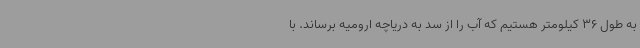
به طول 36 کیلومتر هستیم که آب را از سد به دریاچه ارومیه برساند. با